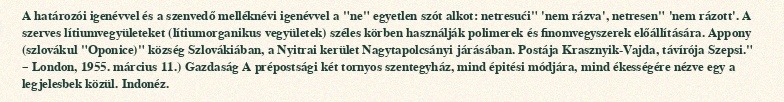
A határozói igenévvel és a szenvedő melléknévi igenévvel a "ne" egyetlen szót alkot: netresući" 'nem rázva', netresen" 'nem rázott'. A szerves lítiumvegyületeket (lítiumorganikus vegyületek) széles körben használják polimerek és finomvegyszerek előállítására. Appony (szlovákul "Oponice)" község Szlovákiában, a Nyitrai kerület Nagytapolcsányi járásában. Postája Krasznyik-Vajda, távírója Szepsi." – London, 1955. március 11.) Gazdaság A prépostsági két tornyos szentegyház, mind épitési módjára, mind ékességére nézve egy a legjelesbek közül. Indonéz.